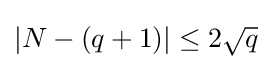
|N-(q+1)|\leq 2{\sqrt {q}}